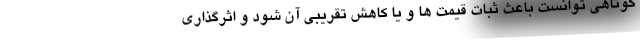
کوتاهی توانست باعث ثبات قیمت ها و یا کاهش تقریبی آن شود و اثرگذاری